Report on horse surra - Volume II, Part II
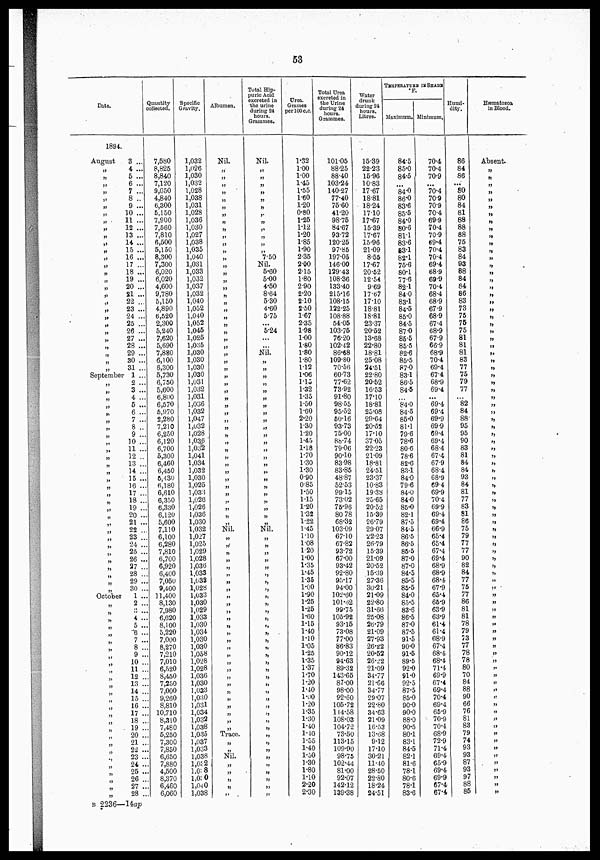
53
Date.
1894.
August
„
„
„
„
„
„
„
„
„
„
„
„
„
„
„
„
„
„
„
„
„
„
„
„
„
„
„
„
3 ...
4 ...
5 ...
6 ...
7 ...
8 ..
9 .....
10 ...
11 ...
12 ...
13 ...
14 ...
15 ...
16 ...
17 ...
18 ...
19 ...
20 ...
21 ...
22 ...
23 ...
24 ...
25 ...
26 ...
27 ...
28 ...
29 ...
30 ...
31 ...
September 1 ...
„
„
„
„
„
„
„
„
„
„
„
„
„
„
„
„
„
„
„
„
„
„
„
„
„
„
„
October
„
„
„
„
„
„
„
„"
„
„
„
„
„
„
„
„
„
„
„
„
„
"
„
„
B 2236-
2 ...
3 ...
4 ...
5 ...
6 ...
7 ...
8 ...
9 ...
10 ...
11 ...
12 ..
13 ...
14 ...
15 ...
16 ...
17 ...
18 ...
19 ...
20 ...
21 ...
22 ..
23 ..
24 ..
25 ..
26 ...
27 ..
28 ..
29 ..
30 ..
1 ..
2 ..
3
4 ..
5 ..
6 ..
7 ..
8 ..
9 ..
10 ..
11 ..
12 ..
13 ..
14 ..
15 ..
16 ..
17 ..
18 ..
19 ..
20 ..
21 ..
22 ..
23 ..
24 ..
25 ..
26 ..
27 ..
28 ..
-14ap
Quantity
collected.
7,580
8,825
8,840
7,120
9,050
4,840
6,300
5,150
7,900
7,560
7,810
6,500
5,150
8,300
7,300
6,020
6,020
4,600
9,780
5,150
4,890
6,520
2,300
5,240
7,620
5,690
7,880
6,100
6,300
5,730
6,750
5,600
6,880
6,570
5,970
2,280
7,210
6,250
6,120
6,700
5,300
6,460
6,450
5,430
6,180
6,610
6,350
6,330
6,120
5,600
7,110
6,100
6,280
7,810
6,700
6,920
6,400
7,050
9,400
11,400
8,130
7,980
6,620
8,100
5,220
7,000
8,270
.
7,210
.
7,010
.
6,520
.
8,450
.
7,250
.
7,000
.
9,260
.
8.810
. 10,710
8,310
.
7,480
.
5,250
.
7,300
.
7,850
6,650
.
7,880
.
4,500
.
8,370
.
6,460
.
6,060
Specific
Gravity.
Albumen.
1,032
1,026
1,030
1,032
1,028
1,038
1,031
1,028
1,036
1,030
1,027
1,038
1,035
1,040
1,031
1,033
1,032
1,037
1,032
1,040
1,052
1,040
1,052
1,045
1,025
1,035
1,030
1,030
1,030
1,030
1,031
1,032
1,031
1,036
1,032
1,047
1,032
1,028
1,036
1,032
L,04l
1,034
1,032
1,030
1,025
1,033
1,026
1,026
1,036
1,030
1,032
1,027
1,025
1,029
1,028
1,036
1,033
1,032
1,028
1,033
1,030
1,029
1,033
1,030
1,034
1,030
1,030
1,058
1,028
1,028
1,036
1,030
1,033
1,030
1,031
1,034
1,032
1,038
1,035
1,037
1,033
1,038
1,032
1,0:8
1,0:0
1,040
1,038
Nil.
„
„
„
„
„
„
„
„
„
„
„
„
„
„
„
„
„
„
„
„
„
„
„
„
„
„
„
„
„
„
„
„
„
„
„
„
„
„
„
„
„
„
„
„
„
„
„
„
„
Nil.
„
„
„
„
„
„
„
„
„
„
„
„
„
„
„
„
„
„
„
„
„
„
„
„
„
„
„
Trace.
„
„
Nil.
„
„
„
„
„
Total Hip¬
puric Acid
excreted in
the urine
during 24
hours.
Grammes.
Nil.
„
„
„
„
„
„
„
„
„
„
„
„
7.50
Nil.
5.60
5.00
4.50
8.64
5.30
4.60
5.75
...
5.24
...
....
Nil.
„
„
„
„
„
„
„
„
„
„
„
„
„
„
„
„
„
„
„
„
„
„
„
Nil.
„
„
„
„
„
„
„
„
„
„
„
„
„
„
„
„
„
„
„
„
„
„
„
„
„
„
„
„
„
„
„
„
„
„
„
„
Urea.
Grumes
per 100 c.c.
1.32
1.00
1.00
1.45
1.55
1.60
1.20
0.80
1.25
1.12
1.20
1.85
1.90
2.35
2.00
2.15
1.80
290
2.20
210
2.50
1.67
2.35
1.98
1.00
1.80
1.80
1.80
1.12
1.06
1.15
1.32
1.35
1.50
1.60
2.20
1.30
1.20
1.45
1.18
1.70
1.30
1.30
090
0.85
1.50
1.15
1.20
1.32
1.22
1.45
1.10
1.08
1.20
1.00
1.35
1.45
1.35
1.00
1.90
1.25
1.25
1.60
1.15
1.40
1.10
1.05
1.25
1.35
1.37
1.70
1.20
1.40
1.00
1.20
1.35
1.30
1.40
1.40
1.55
1.40
1.50
1.30
1.80
1.10
2.20
2.30
Total Urea
excreted in
the Urine
during 24
Grammes.
Water
drunk
during 24
hours.
Litres.
101.05
15.39
88.25
22.23
88.40
103.24
140.27
77.40
75.60
41.20
98.75
84.67
93.72
120.25
97.85
197.05
146.00
129.43
108.36
133.40
215.16
108.15
122.25
108.88
54.05
103.75
76.20
102.42
86.68
109.80
70.56
60.73
77.62
73.92
„.80
98.55
95.52
50.16
93.73
75.00
88.74
79.06
90.10
83.98
83.85
48.87
52.53
99.15
73.02
75.96
80 78
68.32
103.09
67.10
67.82
93.72
67.00
93.42
92.80
95.17
94.00
10.60
101.52
99.75
105.92
93-15
73.08
77.00
86.83
90.12
94.63
89.32
143.65
87.00
98.00
92.60
105.72
114.58
108.03
104.72
73.50
113.15
109.90
98.75
102.44
81.00
92.07
142.12
139.38
15.96
10.83
17.67
18.81
18.24
17.10
17.67
15.39
17.67
15..96
21.09
8.55
17.67
20.52
12.54
969
17.67
17.10
18.81
18.81
23.37
20.52
13.68
22.80
18.81
25.08
24.51
22.80
20.52
16.53
17.10
18.81
25.08
29.64
20.53
17.10
37.05
22.23
21.09
18.81
24.51
23.37
10.83
19.38
25.65
20.52
15.39
26.79
29.07
22.23
26.79
15.39
21.09
20.52
15.39
27.36
30.21
21.09
22.80
31.66
25.08
26.79
21.09
27.93
26.22
20.52
26.22
21.09
34.77
21.66
34.77
29.07
22.80
34.63
21.09
16.53
13.68
9.12
17.10
30.21
11.40
28.50
22.80
18.24
24.51
TEMPERATURE
IN SHADE
°F.
Maximum. Minimum.
84.5
85.0
84.5
84.0
86.0
83.6
85.5
84.0
80.6
81.1
83.6
831
82.1
75.6
80.1
77.6
82.1
84.0
83.1
84.5
85.0
84.5
87.0
85.5
85.5
82.6
85.5
87.0
83.1
86.5
84.5
...
84.0
84.5
85.0
81.1
79.6
78.6
80.6
78.6
82.6
83.1
84.0
79.6
84.0
84.0
85.0
82.1
87.5
84.5
86.5
86.5
85.5
87-0
87.0
84.5
855
85.5
84.0
85.5
83.6
86.5
87.0
87.5
„.5
90.0
„.5
89.5
92.0
„.0
92.5
87.5
85.0
90.0
90.0
88.0
90.5
80.1
83.1
84.5
82.1
81.6
78.1
80.6
78.1
83.6
70.4
70.4
70.9
,..
70.4
70.9
70.9
70.4
69.9
70.4
70.9
69.4
70.4
70.4
69.4
68.9
69.9
70.4
68.4
68.9
67.9
68.9
67.4
68.9
67.9
66.9
68.9
70.4
69.4
67.4
68.9
69.4
...
69.4
69.4
69.9
69.9
69.4
69.4
68.4
67.4
67.9
68.4
68.9
69.4
69.9
70.4
69.9
69.4
69.4
66.9
65.4
65.4
67.4
69.4
68.9
68.9
68.4
67.9
65.4
66.9
63.9
63.9
61.4
61.4
68.9
67.4
68.4
68.4
71.4
69.9
67.4
69.4
70.4
69.4
65.9
70.9
70.4
68.9
72.9
71.4
69.4
65.9
69.4
69.9
67.4
67.4
Humi-
dity.
86
84
86
...
80
80
84
81
88
88
88
75
83
84
93
88
84
84
86
83
73
75
75
75
81
81
81
83
77
75
79
77
...
82
84
88
95
95
90
83
81
84
84
93
84
81
77
83
81
86
75
79
77
77
90
82
84
77
75
77
86
81
81
78
79
73
77
78
78
80
70
84
88
90
66
76
81
83
79
74
93
93
87
93
97
88
85
Hæmatozoa
in Blood.
Absent.
„
„
„
„
„
„
„
„
„
„
„
„
„
„
„
„
„
„
„
„
„
„
„
„
„
„
„
„
„
„
„
„
„
„
„
„
„
„
„
„
„
„
„
„
„
„
„|
„
„|
„
„
„
„
„
„
„
„
„
„
„
„
„
„
„
„
„
„
„
„
„
„
„
„
„
„
„
„
„
„
„
„
„
„
„
„
„